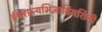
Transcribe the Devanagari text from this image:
ईश्वरप्रत्यभिज्ञाविमर्शिनी